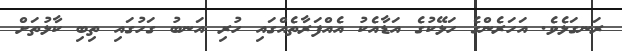
ރަނގަޅެވެ. އަހަރެންގެ ހަޅޭކުގެ އަޑާއެކު އެއްފަރާތެއްގައި ހުރި އަނބު ގަހުގައި ތިބި ކާޅުތަށް